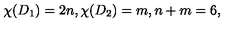
\chi ( D _ { 1 } ) = 2 n , \chi ( D _ { 2 } ) = m , n + m = 6 ,